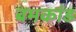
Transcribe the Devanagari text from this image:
बमकांड